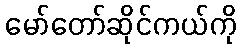
မော်တော်ဆိုင်ကယ်ကို